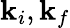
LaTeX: {\mathbf k}_{i},{\mathbf k}_{f}